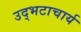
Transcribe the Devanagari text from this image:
उद्भटाचार्य